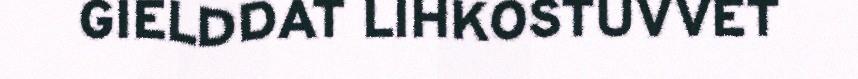
GIELDDAT LIHKOSTUVVET